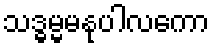
သဒ္ဓမ္မမနုပါလကော